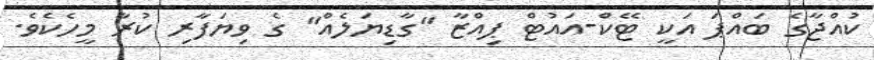
ކުއްޖާގެ ބައްޕަ އަކީ ޓޭކް-އައުޓް ޕިއްޒާ "ގާޑިޔަލެއް" ގެ ވިޔަފާރި ކުރާ މީހެކެވެ.